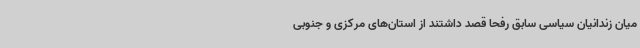
میان زندانیان سیاسی سابق رفحا قصد داشتند از استان‌های مرکزی و جنوبی